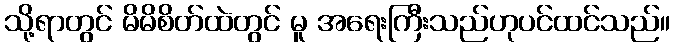
သို့ရာတွင် မိမိစိတ်ထဲတွင် မူ အရေးကြီးသည်ဟုပင်ထင်သည်။